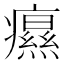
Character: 𤻗